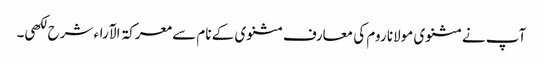
آپ نے مثنوی مولانا روم کی معارف مثنوی کے نام سے معرکۃ الآراء شرح لکھی۔